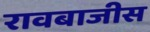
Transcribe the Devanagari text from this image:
रावबाजीस